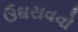
ઉઘરાવવો